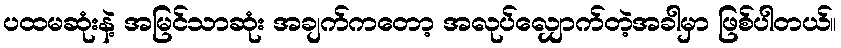
ပထမဆုံးနဲ့ အမြင်သာဆုံး အချက်ကတော့ အလုပ်လျှောက်တဲ့အခါမှာ ဖြစ်ပါတယ်။